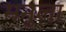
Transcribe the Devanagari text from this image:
मनुला